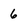
Character: 6